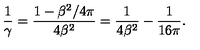
{ \frac { 1 } { \gamma } } = { \frac { 1 - \beta ^ { 2 } / 4 \pi } { 4 \beta ^ { 2 } } } = { \frac { 1 } { 4 \beta ^ { 2 } } } - { \frac { 1 } { 1 6 \pi } } .